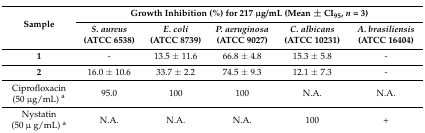
<table><thead><tr><td rowspan="2"><b>Sample</b></td><td colspan="5"><b>Growth Inhibition (%) for 217 μg/mL (Mean ± CI<sub>95</sub>, <i>n</i> = 3)</b></td></tr><tr><td><b><i>S. aureus</i> (ATCC 6538)</b></td><td><b><i>E. coli</i> (ATCC 8739)</b></td><td><b><i>P. aeruginosa</i> (ATCC 9027)</b></td><td><b><i>C. albicans</i> (ATCC 10231)</b></td><td><b><i>A. brasiliensis</i> (ATCC 16404)</b></td></tr></thead><tbody><tr><td><b>1</b></td><td>-</td><td>13.5 ± 11.6</td><td>66.8 ± 4.8</td><td>15.3 ± 5.8</td><td>-</td></tr><tr><td><b>2</b></td><td>16.0 ± 10.6</td><td>33.7 ± 2.2</td><td>74.5 ± 9.3</td><td>12.1 ± 7.3</td><td>-</td></tr><tr><td>Ciprofloxacin (50 μg/mL) <sup>a</sup></td><td>95.0</td><td>100</td><td>100</td><td>N.A.</td><td>N.A.</td></tr><tr><td>Nystatin (50 μ g/mL) <sup>a</sup></td><td>N.A.</td><td>N.A.</td><td>N.A.</td><td>100</td><td>+</td></tr></tbody></table>